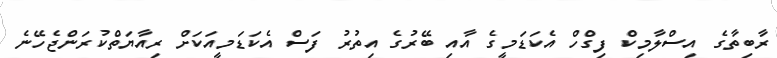
ރާބިތާގެ އިސްލާމިކް ފިގްހް އެކަޑަމީގެ އާއި ބޭރުގެ އިތުރު ފަސް އެކަޑަމީއަކަށް ރިއާޔަތްކުރަންޖެހޭނެ